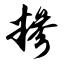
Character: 糁